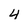
Character: 4